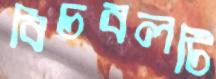
বিচবলটি